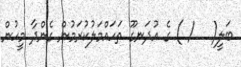
ބަލީ(   / ) ގެ އުދަނގޫ ތަހައްމަލުކުރަމުން ގެންދާ މީހުން